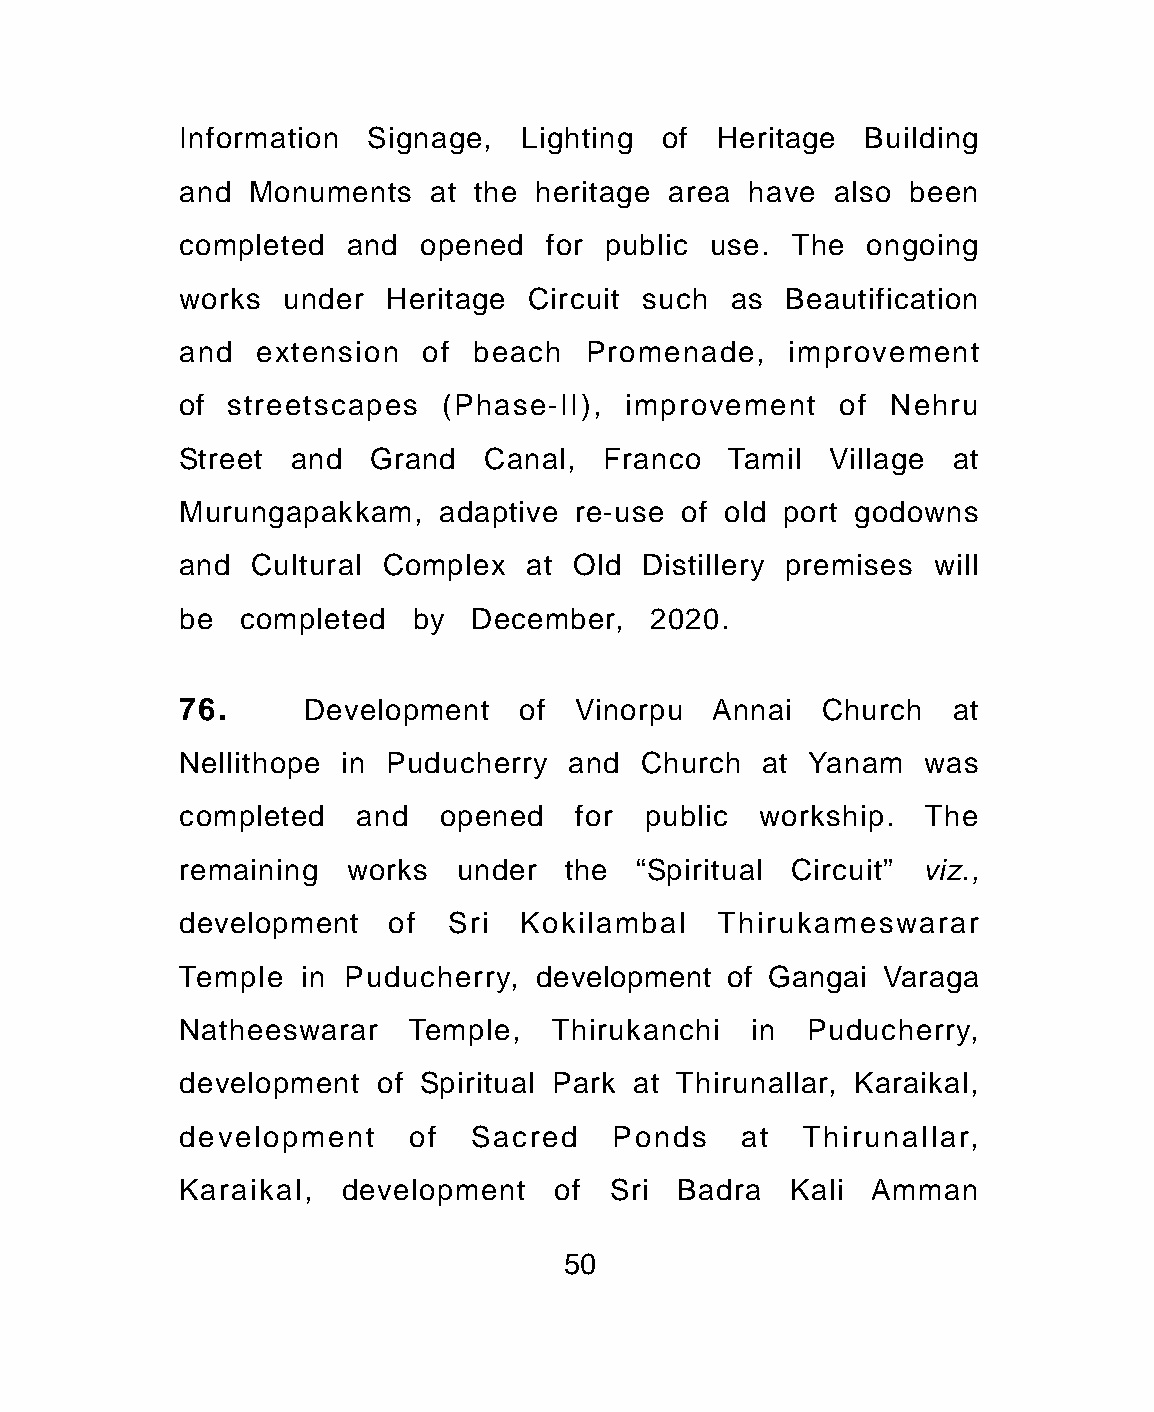
Information Signage,  Lighting  of Heritage  Building
 and Monuments   at the heritage area have  also been
 completed  and  opened  for public use. The  ongoing
 works  under Heritage  Circuit such as  Beautification
 and  extension  of beach   Promenade,   improvement
 of streetscapes  (Phase-II), improvement   of  Nehru
 Street and  Grand   Canal,  Franco  Tamil  Village at
 Murungapakkam,   adaptive re-use of old port godowns
 and  Cultural Complex  at Old Distillery premises will
 be  completed  by  December,   2020.
 76.     Development   of  Vinorpu  Annai  Church   at
 Nellithope in Puducherry and  Church  at Yanam   was
 completed  and   opened   for  public workship.  The
 remaining  works  under  the  “Spiritual Circuit” viz.,
 development   of  Sri Kokilambal   Thirukameswarar
 Temple  in Puducherry, development  of Gangai Varaga
 Natheeswarar   Temple,  Thirukanchi   in Puducherry,
 development  of Spiritual Park at Thirunallar, Karaikal,
 development    of  Sacred   Ponds    at  Thirunallar,
 Karaikal,  development   of Sri  Badra  Kali  Amman
 50